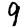
Digit: 9